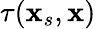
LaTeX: \tau(\mathbf{x}_{s},\mathbf{x})